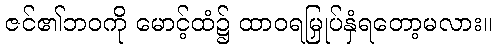
ဇင်၏ဘဝကို မောင့်ထံ၌ ထာဝရမြှုပ်နှံရတော့မလား။